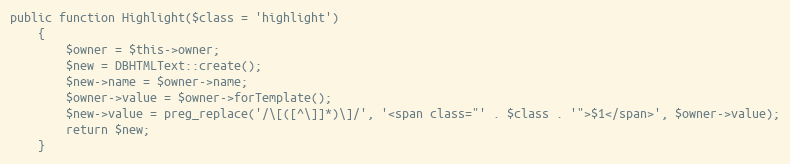
Language: PHP
public function Highlight($class = 'highlight')
    {
        $owner = $this->owner;
        $new = DBHTMLText::create();
        $new->name = $owner->name;
        $owner->value = $owner->forTemplate();
        $new->value = preg_replace('/\[([^\]]*)\]/', '<span class="' . $class . '">$1</span>', $owner->value);
        return $new;
    }